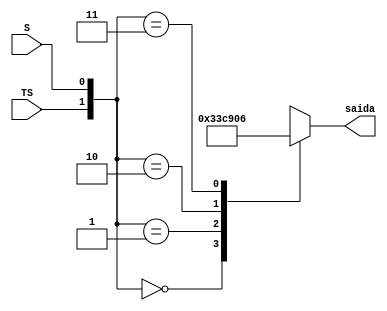
module decod (TS, S, saida);

input TS, S;
output reg [0:6] saida;

always @(*)
	begin
		case ({TS, S}) //Concatenar}			
		   2'b00: saida = 7'b0000001;
			2'b01: saida = 7'b1001111;
			2'b10: saida = 7'b0010010;
			2'b11: saida = 7'b0000110;
		endcase
end
endmodule